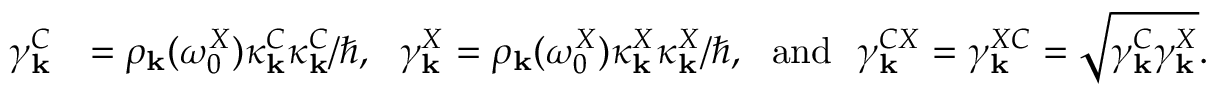
\begin{array} { r l } { \gamma _ { \bf k } ^ { C } } & { = \rho _ { \bf k } ( \omega _ { 0 } ^ { X } ) \kappa _ { \bf k } ^ { C } \kappa _ { \bf k } ^ { C } / \hbar , ~ ~ \gamma _ { \bf k } ^ { X } = \rho _ { \bf k } ( \omega _ { 0 } ^ { X } ) \kappa _ { \bf k } ^ { X } \kappa _ { \bf k } ^ { X } / \hbar , ~ ~ \mathrm { a n d } ~ ~ \gamma _ { \bf k } ^ { C X } = \gamma _ { \bf k } ^ { X C } = \sqrt { \gamma _ { \bf k } ^ { C } \gamma _ { \bf k } ^ { X } } . } \end{array}